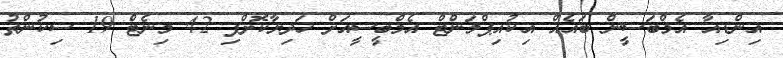
އިންޑިއާ އެމްބަސީން ބައެއް އިކުއިޕްމަންޓް އެމްބީސީއަށް ހަދިޔާކޮށްފި 42 މިނެޓް 19 ސިކުންތު